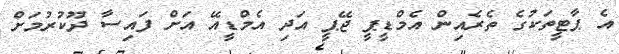
އެ ޕާޓީތަކުގެ ތެރެއިން އެމްޑީޕީ ޖޭޕީ އަދި އެމްޑީއޭ އަށް ފައިސާ ދޫކުރުމަށް